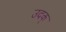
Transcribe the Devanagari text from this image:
उदक्